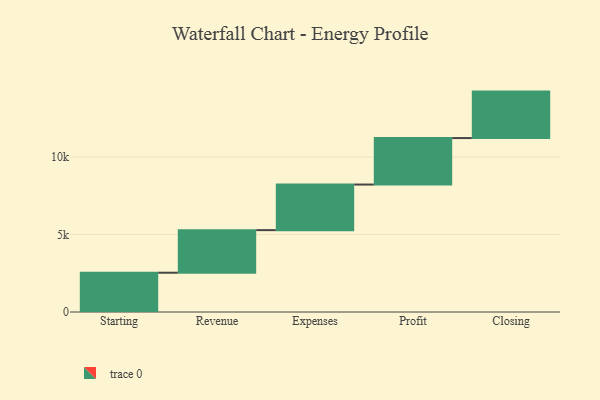
{"axis": {"x": "Step", "y": "Value"}, "legend": [""], "data": [{"x": "Starting", "y": 2536.0, "type": ""}, {"x": "Revenue", "y": 2749.0, "type": ""}, {"x": "Expenses", "y": 2944.0, "type": ""}, {"x": "Profit", "y": 3000, "type": ""}, {"x": "Closing", "y": 3000, "type": ""}]}